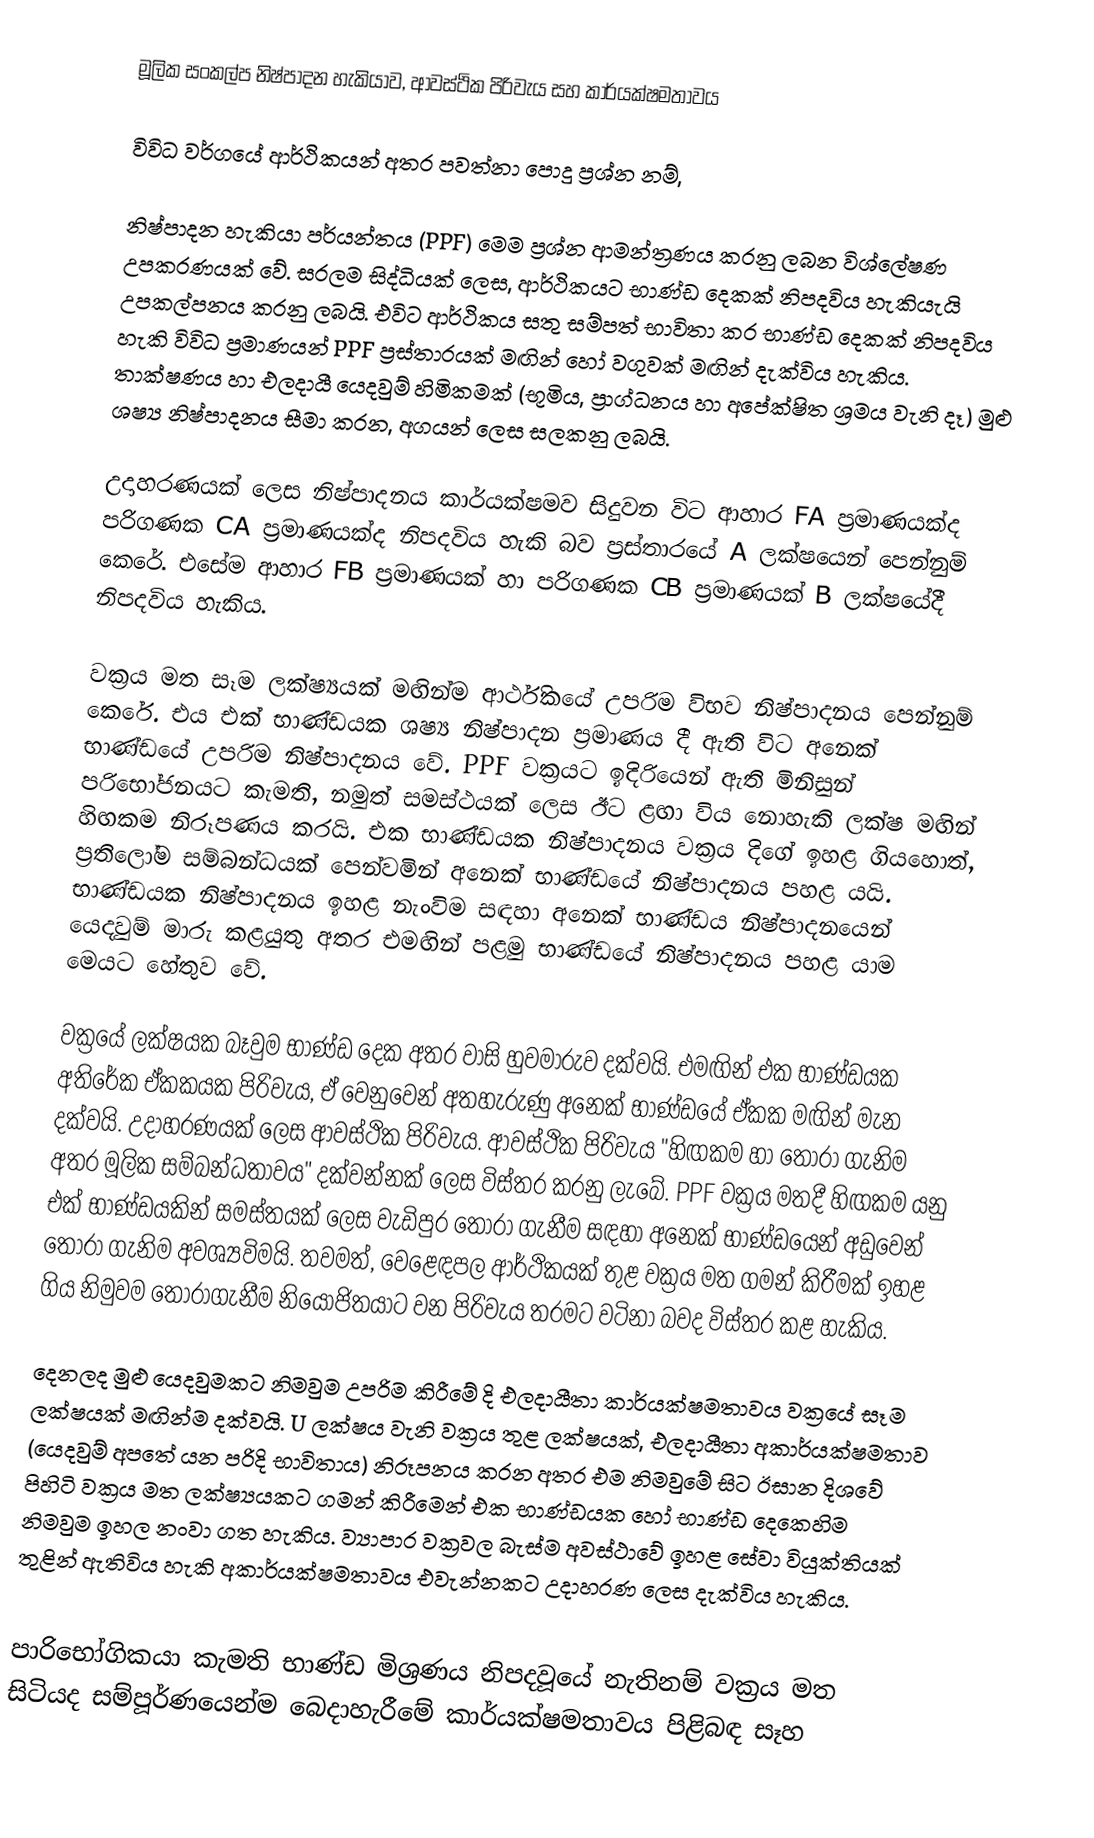
මූලික සංකල්ප නිෂ්පාදන හැකියාව, ආවස්ථික පිරිවැය සහ කාර්යක්ෂමතාවය

විවිධ වර්ගයේ ආර්ථිකයන් අතර පවත්නා පොදු ප්‍රශ්න නම්,

නිෂ්පාදන හැකියා පර්යන්තය (PPF) මෙම ප්‍රශ්න ආමන්ත්‍රණය කරනු ලබන විශ්ලේෂණ උපකරණයක් වේ. සරලම සිද්ධියක් ලෙස, ආර්ථිකයට භාණ්ඩ දෙකක් නිපදවිය හැකියැයි උපකල්පනය කරනු ලබයි. එවිට ආර්ථිකය සතු සම්පත් භාවිතා කර භාණ්ඩ දෙකක් නිපදවිය හැකි විවිධ ප්‍රමාණයන් PPF ප්‍රස්තාරයක් මඟින් හෝ වගුවක් මඟින් දැක්විය හැකිය. තාක්ෂණය හා එලදායී යෙදවුම් හිමිකමක් (භූමිය, ප්‍රාග්ධනය හා අපේක්ෂිත ශ්‍රමය වැනි දෑ) මුළු ශෂ්‍ය නිෂ්පාදනය සීමා කරන, අගයන් ලෙස සලකනු ලබයි.

උදාහරණයක් ලෙස නිෂ්පාදනය කාර්යක්ෂමව සිදුවන විට ආහාර FA ප්‍රමාණයක්ද පරිගණක CA ප්‍රමාණයක්ද නිපදවිය හැකි බව ප්‍රස්තාරයේ A ලක්ෂයෙන් පෙන්නුම් කෙරේ. එසේම ආහාර FB ප්‍රමාණයක් හා පරිගණක CB ප්‍රමාණයක් B ලක්ෂයේදී නිපදවිය හැකිය.

වක්‍රය මත සෑම ලක්ෂ්‍යයක් මඟින්ම ආර්ථිකයේ උපරිම විභව නිෂ්පාදනය පෙන්නුම් කෙරේ. එය එක් භාණ්ඩයක ශෂ්‍ය නිෂ්පාදන ප්‍රමාණය දී ඇති විට අනෙක් භාණ්ඩයේ උපරිම නිෂ්පාදනය වේ. PPF වක්‍රයට ඉදිරියෙන් ඇති මිනිසුන් පරිභෝජනයට කැමති, නමුත් සමස්ථයක් ලෙස ඊට ළඟා විය නොහැකි ලක්ෂ මඟින් හිඟකම නිරූපණය කරයි. එක භාණ්ඩයක නිෂ්පාදනය වක්‍රය දිගේ ඉහළ ගියහොත්, ප්‍රතිලෝම සම්බන්ධයක් පෙන්වමින් අනෙක් භාණ්ඩයේ නිෂ්පාදනය පහළ යයි. භාණ්ඩයක නිෂ්පාදනය ඉහළ නැංවිම සඳහා අනෙක් භාණ්ඩය නිෂ්පාදනයෙන් යෙදවුම් මාරු කළයුතු අතර එමඟින් පළමු භාණ්ඩයේ නිෂ්පාදනය පහළ යාම මෙයට හේතුව වේ.

වක්‍රයේ ලක්ෂයක බෑවුම භාණ්ඩ දෙක අතර වාසි හුවමාරුව දක්වයි. එමඟින් එක භාණ්ඩයක අතිරේක ඒකකයක පිරිවැය, ඒ වෙනුවෙන් අතහැරුණු අනෙක් භාණ්ඩයේ ඒකක මඟින් මැන දක්වයි. උදාහරණයක් ලෙස ආවස්ථික පිරිවැය. ආවස්ථික පිරිවැය "හිඟකම හා තෝරා ගැනිම අතර මූලික සම්බන්ධතාවය" දක්වන්නක් ලෙස විස්තර කරනු ලැබේ. PPF වක්‍රය මතදී හිඟකම යනු එක් භාණ්ඩයකින් සමස්තයක් ලෙස වැඩිපුර තෝරා ගැනීම සඳහා අනෙක් භාණ්ඩයෙන් අඩුවෙන් තෝරා ගැනිම අවශ්‍යවිමයි. තවමත්, වෙළෙඳපල ආර්ථිකයක් තුළ වක්‍රය මත ගමන් කිරීමක් ඉහළ ගිය නිමුවම තෝරාගැනීම නියෝජිතයාට වන පිරිවැය තරමට වටිනා බවද විස්තර කළ හැකිය.

දෙනලද මුළු යෙදවුමකට නිමවුම උපරිම කිරීමේ දි එලදායීතා කාර්යක්ෂමතාවය වක්‍රයේ සෑම ලක්ෂයක් මඟින්ම දක්වයි. U ලක්ෂය වැනි වක්‍රය තුළ ලක්ෂයක්, එලදායීතා අකාර්යක්ෂමතාව (යෙදවුම් අපතේ යන පරිදි භාවිතාය) නිරූපනය කරන අතර එම නිමවුමේ සිට ඊසාන දිශවේ පිහිටි වක්‍රය මත ලක්ෂ්‍යයකට ගමන් කිරීමෙන් එක භාණ්ඩයක හෝ භාණ්ඩ දෙකෙහිම නිමවුම ඉහල නංවා ගත හැකිය. ව්‍යාපාර වක්‍රවල බැස්ම අවස්ථාවේ ඉහළ සේවා වියුක්තියක් තුළින් ඇතිවිය හැකි අකාර්යක්ෂමතාවය එවැන්නකට උදාහරණ ලෙස දැක්විය හැකිය.

පාරිභෝගිකයා කැමති භාණ්ඩ මිශ්‍රණය නිපදවූයේ නැතිනම් වක්‍රය මත සිටියද සම්පූර්ණයෙන්ම බෙදාහැරීමේ කාර්යක්ෂමතාවය පිළිබඳ සෑහ